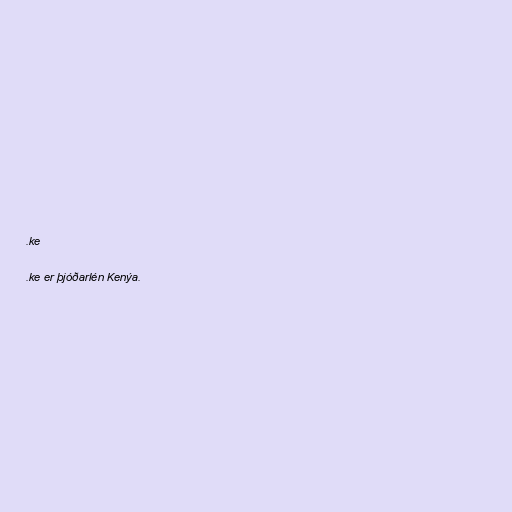
.ke

.ke er þjóðarlén Kenýa.